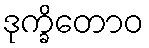
ဒုက္ခိတောဝ